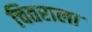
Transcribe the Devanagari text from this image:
चितराला